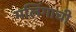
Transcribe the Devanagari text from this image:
मलिंगाची